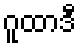
ဂူထာဒီ